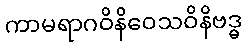
ကာမရာဂဝိနိဝေသဝိနိဗဒ္ဓ